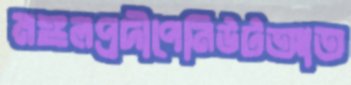
মঙ্গলপ্রদীপেনিউটআত